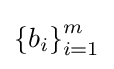
{\textstyle \left\{b_{i}\right\}_{i=1}^{m}}